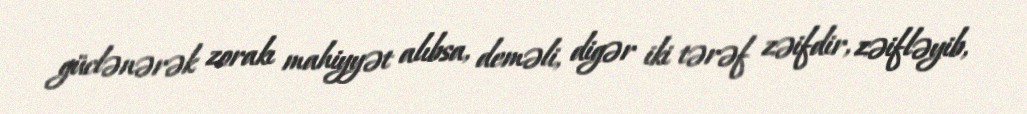
güclənərək zorakı mahiyyət alıbsa, deməli, digər iki tərəf zəifdir, zəifləyib,